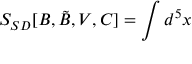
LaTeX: S _ { S D } [ B , \tilde { B } , V , C ] = \int d ^ { 5 } x